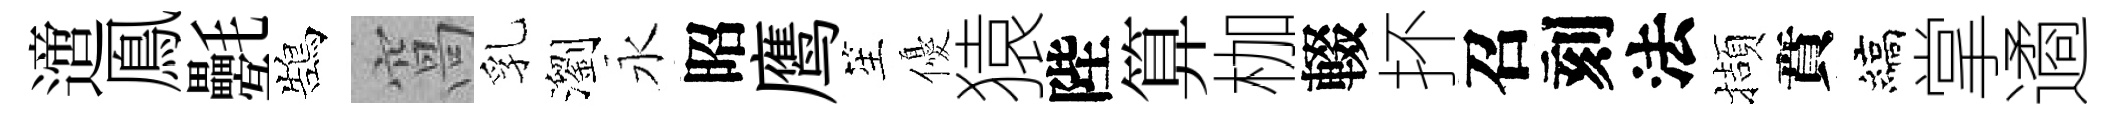
𨗁鳯氎鵠窩乳瀏永昭鹰笙優猿陛算枷輟抔召刻法擷賁縞掌遹